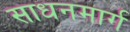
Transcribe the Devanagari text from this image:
साधनमार्ग